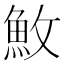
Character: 䰻